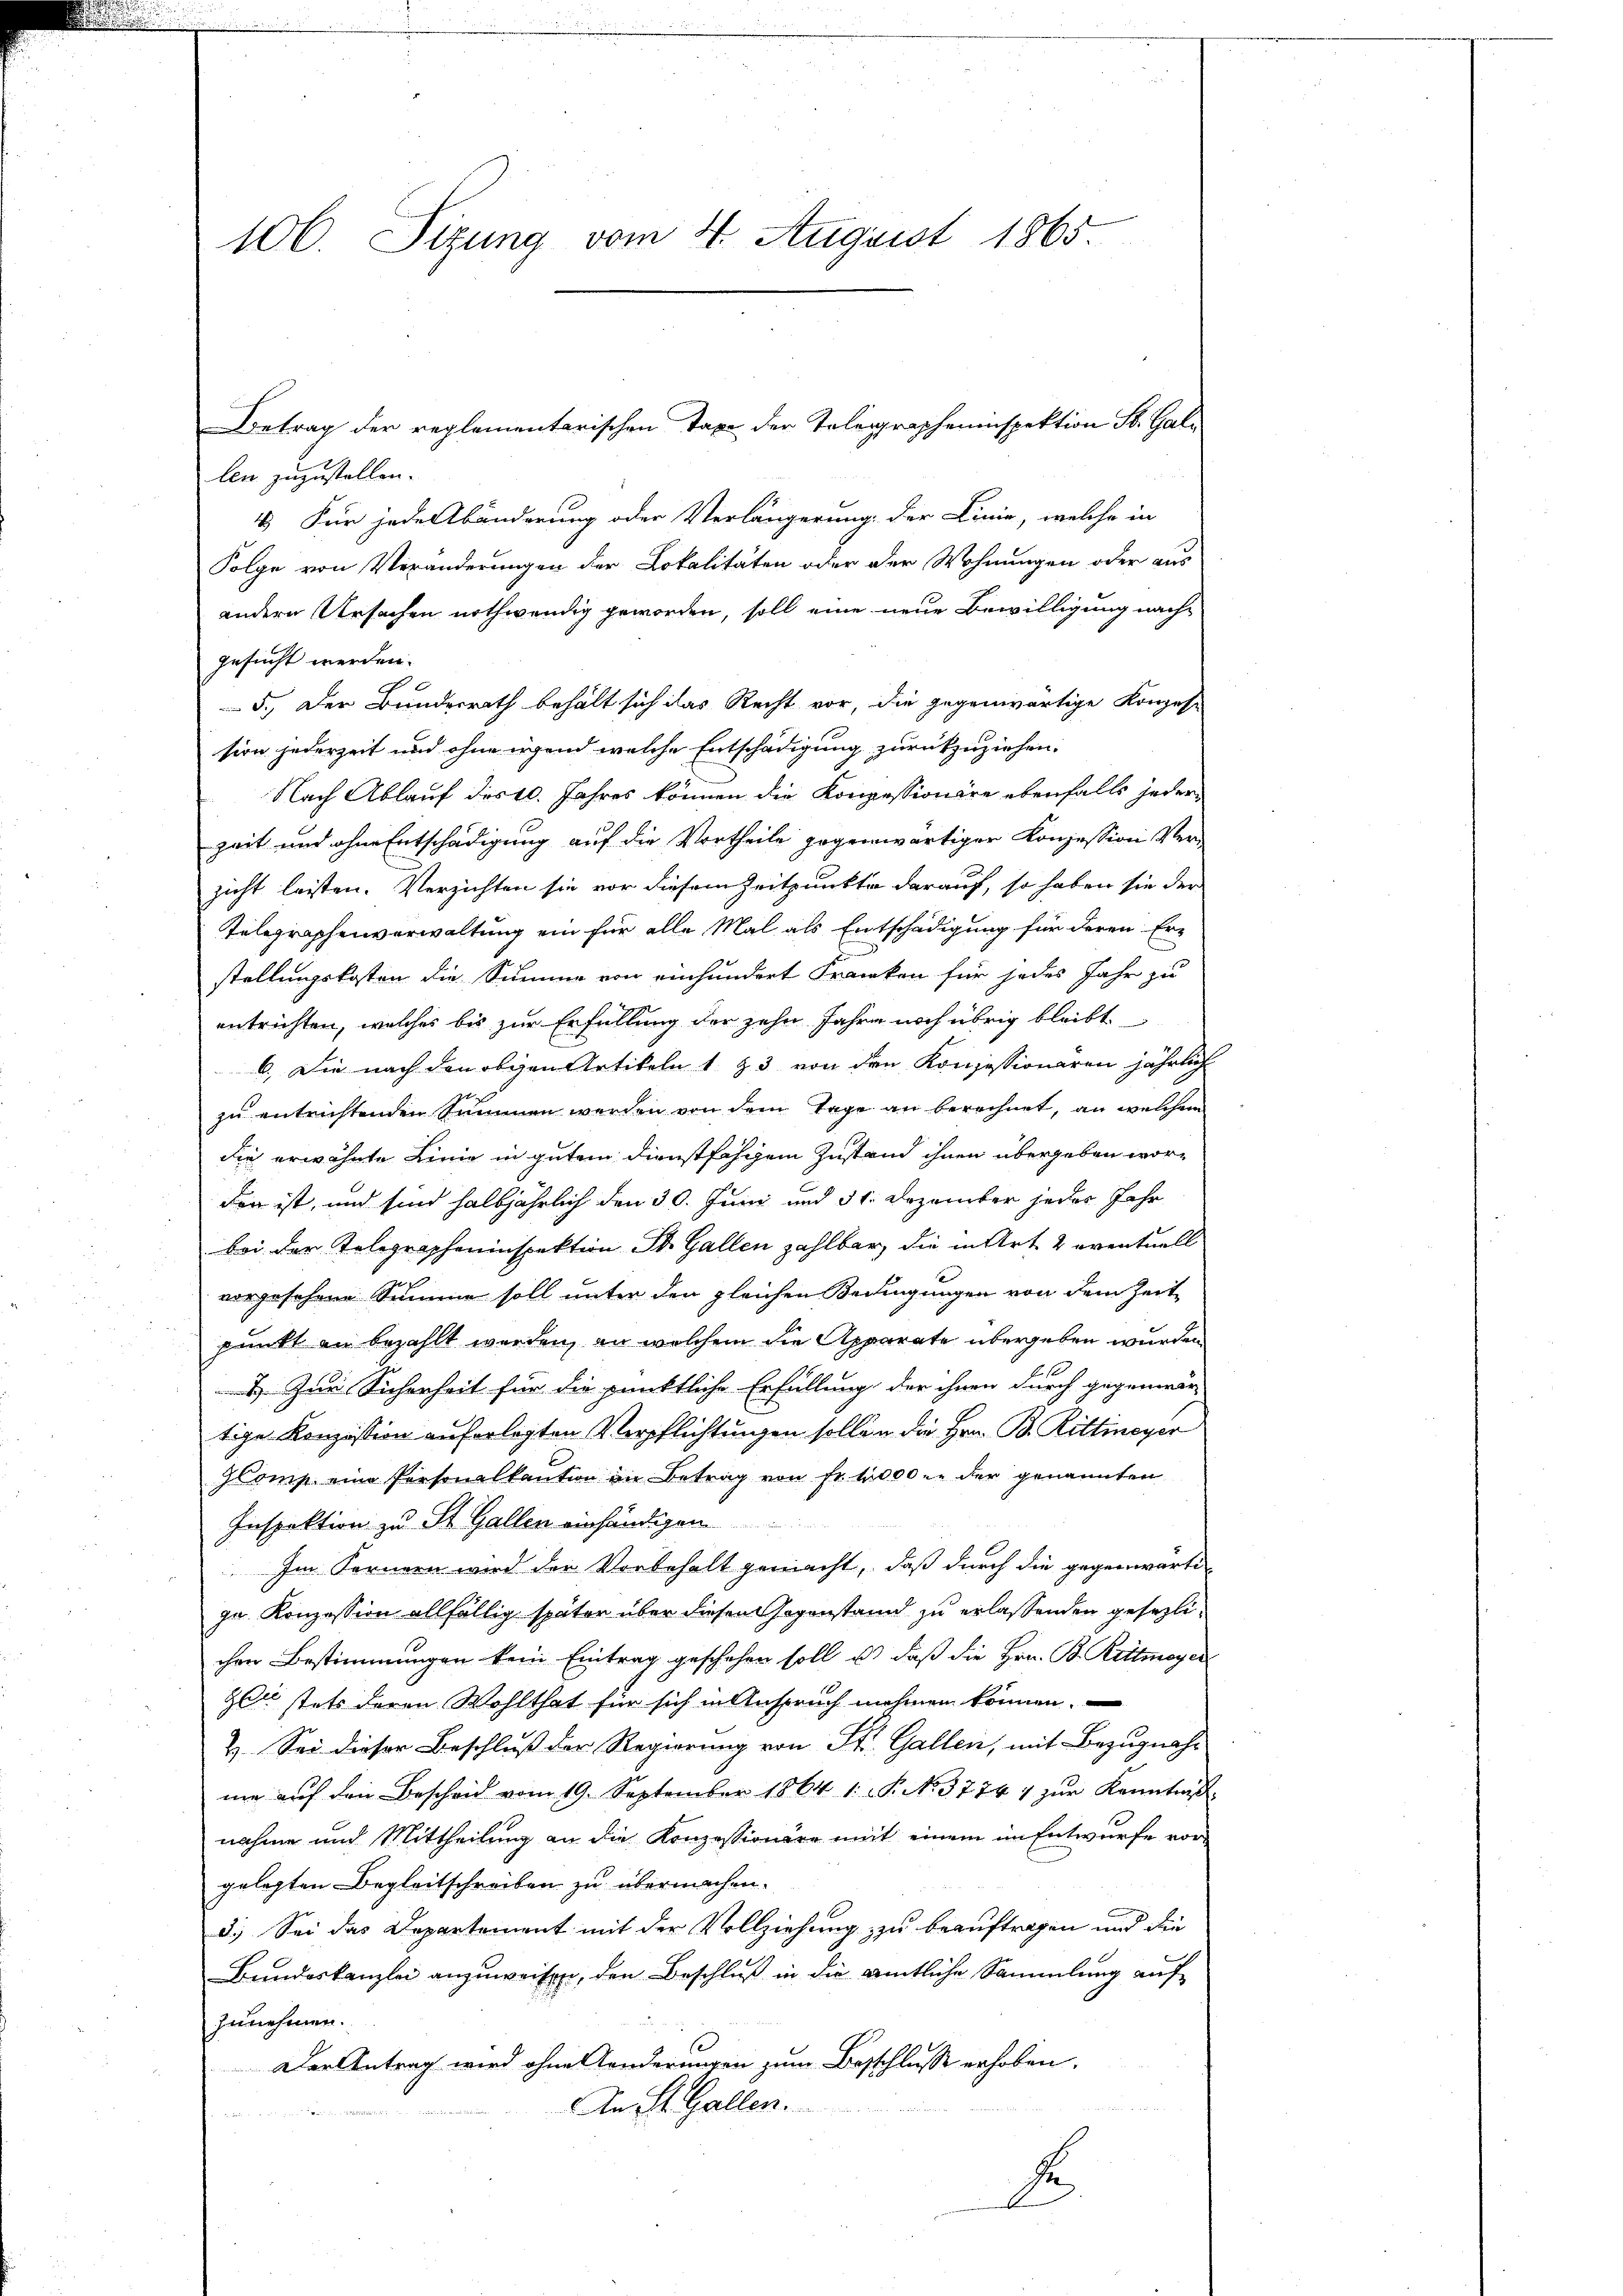
106. Sizung vom 4. August 1865.

Betrag der reglementarischen Taxe der Telegrapheninspektion St. Gali
len zuzustellen.
4. Für jede Abänderung oder Verlängerung der Linie, welche in
Folge von Veränderungen der Lokalitäten oder der Wohnungen oder aus
andere Ursachen nothwendig geworden, soll eine neue Bewilligung nachgesucht werden.
5.) Der Bundesrath behält sich das Recht vor, die gegenwärtige Konzes-
sion jederzeit und ohne irgend welche Entschädigung zurückzuziehen.
Nach Ablauf des 10. Jahres können die Konzessionäre ebenfalls jeder
zeit und ohne Entschädigung auf die Vortheile gegenwärtiger Konzession Ver-
zicht leisten. Verzichten sie vor diesem Zeitpunkte darauf, so haben sie der
Telegraphenverwaltung ein für alle Mal als Entschädigung für deren Erstellungskosten die Summe von einhundert Franken für jedes Jahr zu
entrichten, welches bis zur Erfüllung der zehn Jahre noch übrig bleibt
6. Die nach den obigen Artikeln 1 § 3 von den Konzessionaren jährlich
zu entrichtenden Summen werden von dem Tage an berechnet, an welchem
die erwähnte Linie in gutem Dienstfahren Zustand ihnen übergeben worder ist, und sind halbjährlich den 30. Juni und 31. Dezember jeder Jahr
bei der Tolographeninspektion St. Gallen zahlbar, die in Art. 2 eventuell
vorgesehene Summe soll unter den gleichen Bedingungen von dem Zeit
punkt an bezahlt werden, an welchem die Apparate übergeben wurden
 Zur Sicherheit für die pünktliche Erfüllung der ihnen durch gegenwär
tige Konzession auferlegten Verpflichtungen sollen die Hrn. B. Rittmeyer
Comp. eine Personalkaution im Betrag von Fr. 4000 in der genannten
Inspektion zu St. Gallen einhändigen
Im Fernern wird der Vorbehalt gemacht, daß durch die gegenwärtige Konzession allfällig später über diesen Gegenstand zu erlassenden gesezlichen Bestimmungen kein Eintrag geschehen soll u. daß die Hrn. B. Rittmeyer
zel stets deren Wohlthat für sich in Anspruch nehmen können.
2. Sei dieser Beschluß der Regierung von St. Gallen, mit Bezugnah-
me aŭf den Bescheid vom 19. September 1864 1. P. No. 3774) zŭr Kenntniß
nahme und Mittheilung an die Konzessionäre mit einem im Entwurfe vorgelegten Begleitschreiben zu übermachen.
3.) Sei das Departement mit der Vollziehung zu beauftragen und die
Bundeskanzlei anzuweisen, den Beschluß in die amtliche Sammlung auf
zunehmen.
Der Antrag wird ohne anderungen zum Beschlusse erhoben.
An St. Gallen.

F